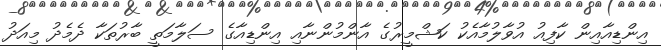
އިންޑިއާއިން ކާފިއު އުވާލުމާއެކު ކަޝްމީރުގެ އާންމުންނާއި އިންޑިއާގެ ސަލާމަތީ ބާރުތަކާ ދެމެދު މިއަދު